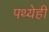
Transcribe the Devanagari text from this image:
पथ्येही